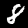
Label: 8